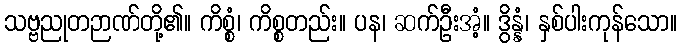
သဗ္ဗညုတဉာဏ်တို့၏။ ကိစ္စံ၊ ကိစ္စတည်း။ ပန၊ ဆက်ဦးအံ့။ ဒွိန္နံ၊ နှစ်ပါးကုန်သော။